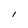
Character: l